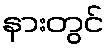
နားတွင်